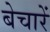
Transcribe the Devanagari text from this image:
बेचारें